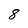
Character: 8